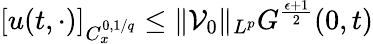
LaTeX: [u(t,\cdot)]_{C_{x}^{0,1/q}}\leq\| \mathcal{V}_{0}\| _{L^{p}}G^{\frac{\epsilon+1}{2}}(0,t)